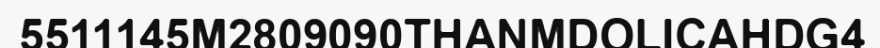
5511145M2809090THANMDOLICAHDG4